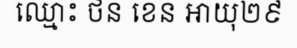
ឈ្មោះ ថន ខេន អាយុ២៩